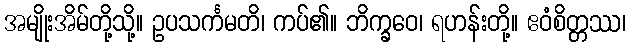
အမျိုးအိမ်တို့သို့။ ဥပသင်္ကမတိ၊ ကပ်၏။ ဘိက္ခဝေ၊ ရဟန်းတို့။ ဧဝံစိတ္တဿ၊